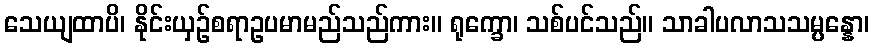
သေယျထာပိ၊ နိုင်းယှဉ်စရာဥပမာမည်သည်ကား။ ရုက္ခော၊ သစ်ပင်သည်။ သာခါပလာသသမ္ပန္နော၊